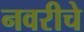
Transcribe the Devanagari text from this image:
नवरीचे